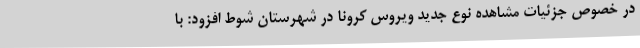
در خصوص جزئیات مشاهده نوع جدید ویروس کرونا در شهرستان شوط افزود: با